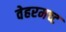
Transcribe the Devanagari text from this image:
वेहरमच्ट